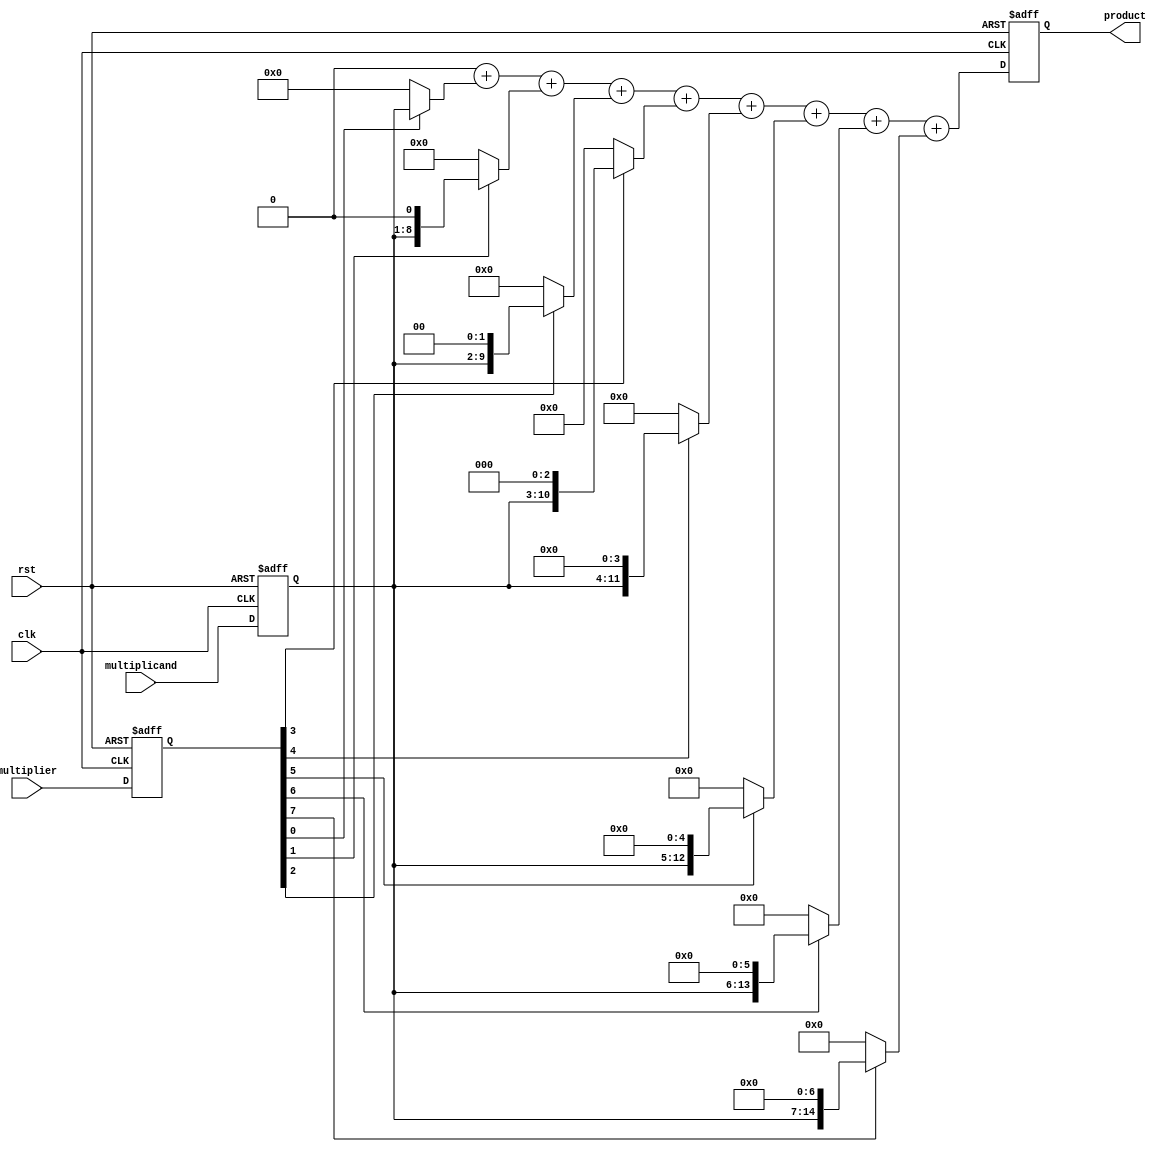
module Radix2Multiplier (
    input wire clk,
    input wire rst,
    input wire [7:0] multiplicand, // 8-bit multiplicand
    input wire [7:0] multiplier,    // 8-bit multiplier
    output reg [15:0] product       // 16-bit product
);

    reg [7:0] A; // Multiplicand register
    reg [7:0] B; // Multiplier register
    reg [15:0] partial_products[0:7]; // Array to hold partial products
    integer i;

    // Control Logic
    always @(posedge clk or posedge rst) begin
        if (rst) begin
            A <= 8'b0;
            B <= 8'b0;
            product <= 16'b0;
        end else begin
            A <= multiplicand; // Load multiplicand
            B <= multiplier;    // Load multiplier

            // Generate Partial Products
            for (i = 0; i < 8; i = i + 1) begin
                partial_products[i] = (B[i] ? A << i : 16'b0);
            end
            
            // Sum Partial Products
            product = 16'b0; // Initialize product
            for (i = 0; i < 8; i = i + 1) begin
                product = product + partial_products[i];
            end
        end
    end
endmodule